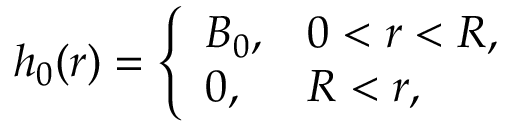
h _ { 0 } ( r ) = \left\{ \begin{array} { l l } { { \displaystyle B _ { 0 } , } } & { { 0 < r < R , } } \\ { { \displaystyle 0 , } } & { { R < r , } } \end{array} \right.